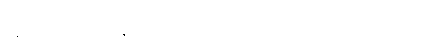
ပန၊ ဆက်။ (ထေရော၊ သည်၊) သစေ ဂဏှာတိ၊ အကယ်၍ယူအံ့။ (ဧဝံ